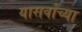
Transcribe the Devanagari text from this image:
यासर्वांच्या